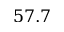
5 7 . 7